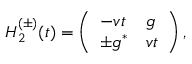
{ \cal H } _ { 2 } ^ { ( \pm ) } ( t ) = \left( \begin{array} { l l } { - v t } & { g } \\ { \pm g ^ { * } } & { v t } \end{array} \right) ,